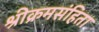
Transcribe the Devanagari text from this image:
श्रीक्रमसंहिता